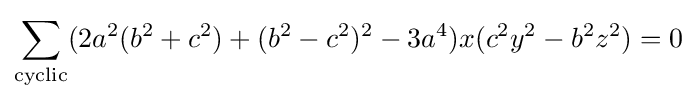
\sum _{\text{cyclic}}(2a^{2}(b^{2}+c^{2})+(b^{2}-c^{2})^{2}-3a^{4})x(c^{2}y^{2}-b^{2}z^{2})=0